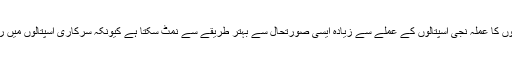
تمام ترخامیوں کے باوجود سرکاری اسپتالوں کا عملہ نجی اسپتالوں کے عملے سے زیادہ ایسی صورتحال سے بہتر طریقے سے نمٹ سکتا ہے کیونکہ سرکاری اسپتالوں میں روزانہ ایسے لاتعداد کیسز لائے جاتے ہیں۔